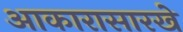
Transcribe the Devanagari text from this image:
आकारासारखे